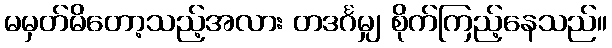
မမှတ်မိတော့သည့်အလား တဒင်္ဂမျှ စိုက်ကြည့်နေသည်။